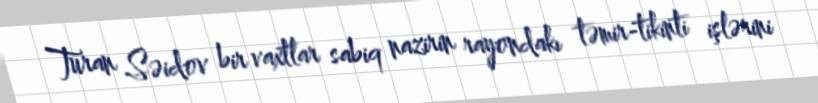
Turan Səidov bir vaxtlar sabiq nazirin rayondakı təmir-tikinti işlərini